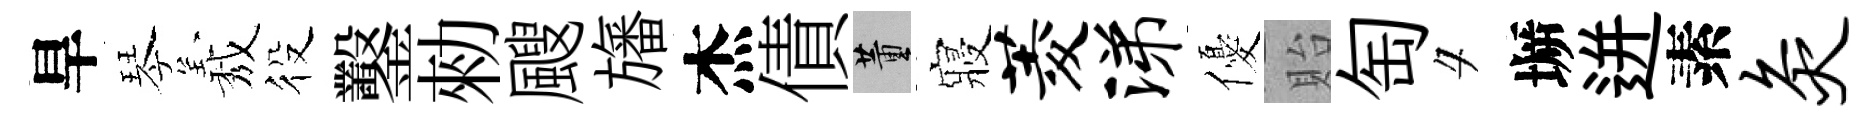
旱琴𦏁役鑿勑颼旛杰債董寢菱涕優貽匋夕󶱲迸素灸